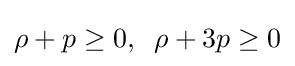
\rho +p\geq 0,\;\;\rho +3p\geq 0